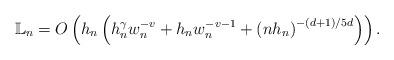
LaTeX: \begin{align*}\mathbb{L}_{n}=O\left( h_{n}\left( h_{n}^{\gamma}w_{n}^{-v}+h_{n}w_{n}^{-v-1}+\left( nh_{n}\right) ^{-(d+1)/5d}\right)\right) . \end{align*}